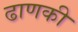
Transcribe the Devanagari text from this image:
ढाणकी